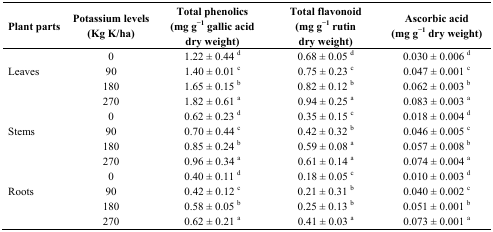
| Plant parts | Potassium levels (Kg K/ha) | Total phenolics (mg g−1 gallic acid dry weight) | Total flavonoid (mg g−1 rutin dry weight) | Ascorbic acid (mg g−1 dry weight) |
 | --- | --- | --- | --- | --- |
 |  | 0 | 1.22 ± 0.44 d | 0.68 ± 0.05 d | 0.030 ± 0.006 d |
 | Leaves | 90 | 1.40 ± 0.01 c | 0.75 ± 0.23 c | 0.047 ± 0.001 c |
 |  | 180 | 1.65 ± 0.15 b | 0.82 ± 0.12 b | 0.062 ± 0.003 b |
 |  | 270 | 1.82 ± 0.61 a | 0.94 ± 0.25 a | 0.083 ± 0.003 a |
 |  | 0 | 0.62 ± 0.23 d | 0.35 ± 0.15 c | 0.018 ± 0.004 d |
 | Stems | 90 | 0.70 ± 0.44 c | 0.42 ± 0.32 b | 0.046 ± 0.005 c |
 |  | 180 | 0.85 ± 0.24 b | 0.59 ± 0.08 a | 0.057 ± 0.008 b |
 |  | 270 | 0.96 ± 0.34 a | 0.61 ± 0.14 a | 0.074 ± 0.004 a |
 |  | 0 | 0.40 ± 0.11 d | 0.18 ± 0.05 c | 0.010 ± 0.003 d |
 | Roots | 90 | 0.42 ± 0.12 c | 0.21 ± 0.31 b | 0.040 ± 0.002 c |
 |  | 180 | 0.58 ± 0.05 b | 0.25 ± 0.13 b | 0.051 ± 0.001 b |
 |  | 270 | 0.62 ± 0.21 a | 0.41 ± 0.03 a | 0.073 ± 0.001 a |